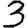
Digit: 3